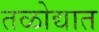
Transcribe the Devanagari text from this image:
तळोद्यात